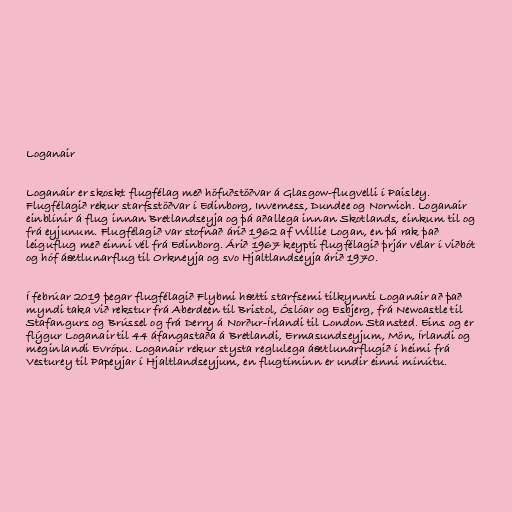
Loganair

Loganair er skoskt flugfélag með höfuðstöðvar á Glasgow-flugvelli í Paisley.
Flugfélagið rekur starfsstöðvar í Edinborg, Inverness, Dundee og Norwich. Loganair
einblínir á flug innan Bretlandseyja og þá aðallega innan Skotlands, einkum til og
frá eyjunum. Flugfélagið var stofnað árið 1962 af Willie Logan, en þá rak það
leiguflug með einni vél frá Edinborg. Árið 1967 keypti flugfélagið þrjár vélar í viðbót
og hóf áætlunarflug til Orkneyja og svo Hjaltlandseyja árið 1970.

Í febrúar 2019 þegar flugfélagið Flybmi hætti starfsemi tilkynnti Loganair að það
myndi taka við rekstur frá Aberdeen til Bristol, Óslóar og Esbjerg, frá Newcastle til
Stafangurs og Brússel og frá Derry á Norður-Írlandi til London Stansted. Eins og er
flýgur Loganair til 44 áfangastaða á Bretlandi, Ermasundseyjum, Mön, Írlandi og
meginlandi Evrópu. Loganair rekur stysta reglulega áætlunarflugið í heimi frá
Vesturey til Papeyjar í Hjaltlandseyjum, en flugtíminn er undir einni mínútu.